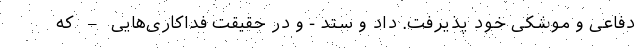
دفاعی و موشکی خود پذیرفت. داد و ستد - و در حقیقت فداکاری‌هایی – که